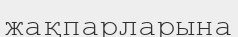
жақпарларына